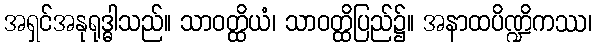
အရှင်အနုရုဒ္ဓါသည်။ သာဝတ္ထိယံ၊ သာဝတ္ထိပြည်၌။ အနာထပိဏ္ဍိကဿ၊